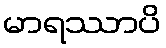
မာရဿာပိ